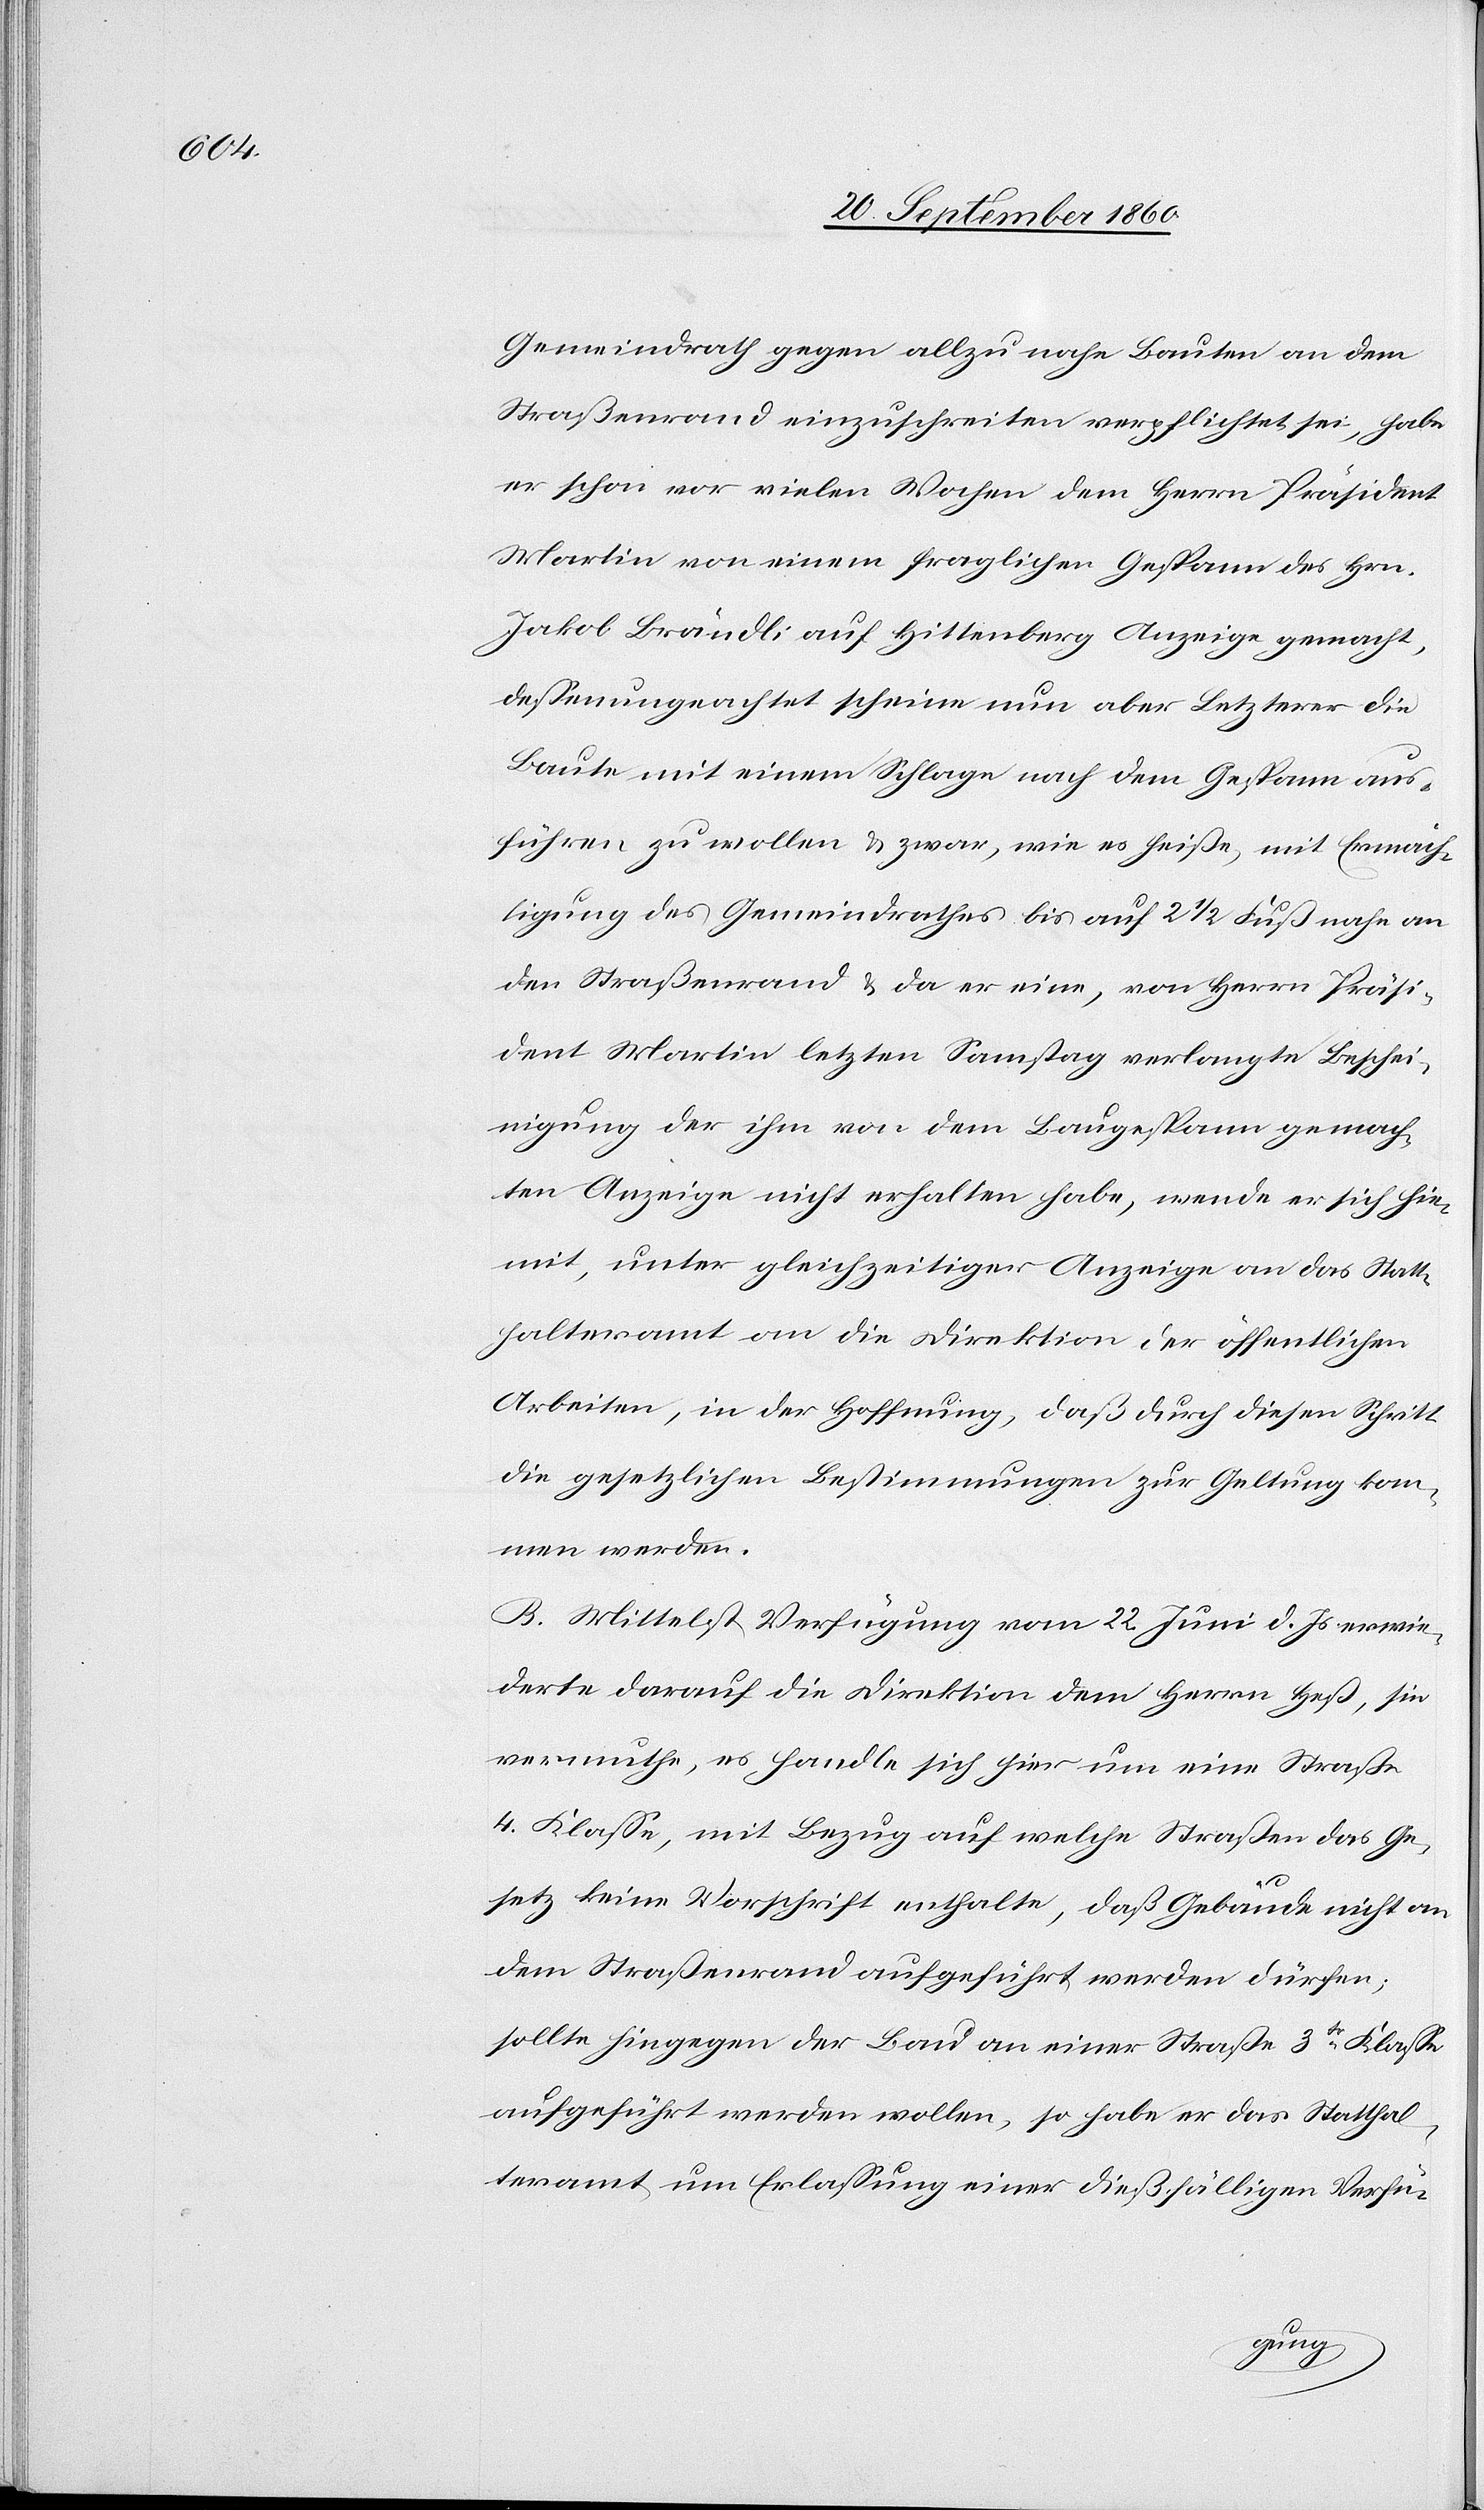
Gemeindrath Gegen allzu nahe Bauten an dem
Straßenrand einzuschreiten verpflichtet sei, habe
er schon vor vielen Wochen dem Herrn Präsident
Martin von einem fraglichen Gespann des Hrn.
Jakob Brändli auf Hittenberg Anzeige gemacht,
deßen ungeachtet scheine nun aber Letzterer die
Baute mit einem Schlage nach dem Gespann aus¬
führen zu wollen & zwar, wie es heiße, mit Ermäch¬
tigung des Gemeindrathes bis auf 2 1/2 Fuß nahe an
den Straßenrand & da er eine, von Herrn Präsi¬
dent Martin letzten Samstag verlangte Beschei¬
nigung der ihm von dem Baugespann gemach¬
ten Anzeige nicht erhalten habe, wende er sich hie¬
mit unter gleichzeitiger Anzeige an das Statt¬
halteramt [und] an die Direktion der öffentlichen
Arbeiten, in der Hoffnung, daß durch diesen Schritt
die gesetzlichen Bestimmungen zur Geltung kom¬
men werden.
B. Mittelst Verfügung vom 22. Juni d. Js. erwie¬
derte darauf die Direktion dem Herrn Heß, sie
vermuthe, es handle sich hier um eine Straße
4. Klasse, mit Bezug auf welche Straßen das Ge¬
setz keine Vorschrift enthalte, daß Gebäude nicht an
den Straßenrand aufgeführt werden dürfen;
sollte hingegen der Bau an einer Straße 3tr Klasse
aufgeführt werden wollen, so habe er das Statthal¬
teramt um Erlassung einer dießfälligen Verfü-